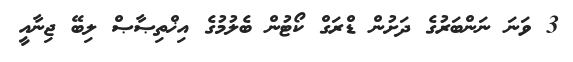
3 ވަނަ ނަންބަރުގެ ދަށުން ޑްރަގް ކޯޓުން ބެލުމުގެ އިޚްތިޞާޞް ލިބޭ ޖިނާއީ